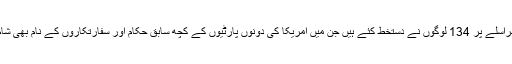
اس مراسلے پر 134 لوگوں نے دستخط کئے ہیں جن میں امریکا کی دونوں پارٹیوں کے کچھ سابق حکام اور سفارتکاروں کے نام بھی شام ہیں۔